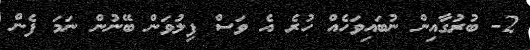
2- ބުރުގާއިން ނުބައިވަހެއް ހުރެ އެ ވަސް ފިލުވަން ބޭނުން ނަމަ ފެން